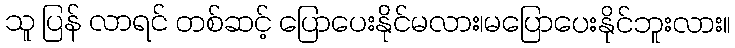
သူ ပြန် လာရင် တစ်ဆင့် ပြောပေးနိုင်မလား၊မပြောပေးနိုင်ဘူးလား။